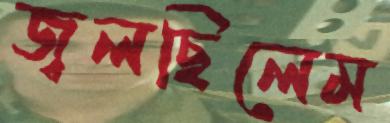
জ্বলছিলেম